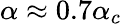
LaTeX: \alpha\approx 0.7\alpha_{c}